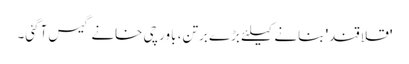
'قلاقند' بنانے کیلئے بڑے برتن، باورچی خانے گیس آگئی۔